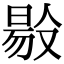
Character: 𠭲